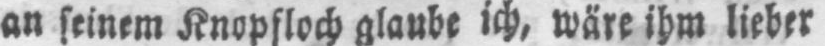
an seinem Knopfloch glaube ich, wäre ihm lieber